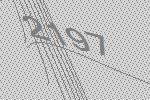
2197